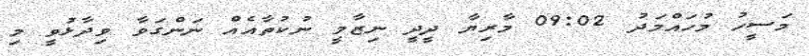
މަސީހު މުހައްމަދު 09:02 މާރިޔާ ދީދީ ނިޒާމީ ނުކުތާއެއް ނަންގަވާ ވިދާޅުވީ މި